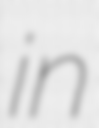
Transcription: in